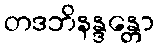
တဒဘိနန္ဒန္တော